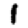
Digit: 1